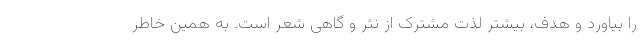
را بیاورد و هدف، بیشتر لذت مشترک از نثر و گاهی شعر است. به همین خاطر